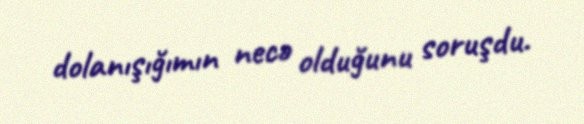
dolanışığımın necə olduğunu soruşdu.